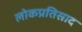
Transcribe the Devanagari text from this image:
लोकप्रतिसाद